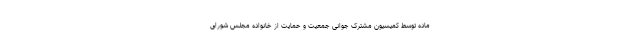
ماده توسط کمیسیون مشترک جوانی جمعیت و حمایت از خانواده مجلس شورای